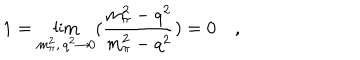
1 = \lim _ { m _ { \pi } ^ { 2 } , \, q ^ { 2 } \rightarrow 0 } ( \frac { m _ { \pi } ^ { 2 } - q ^ { 2 } } { m _ { \pi } ^ { 2 } - q ^ { 2 } } ) = 0 \quad ,